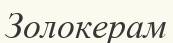
Золокерам